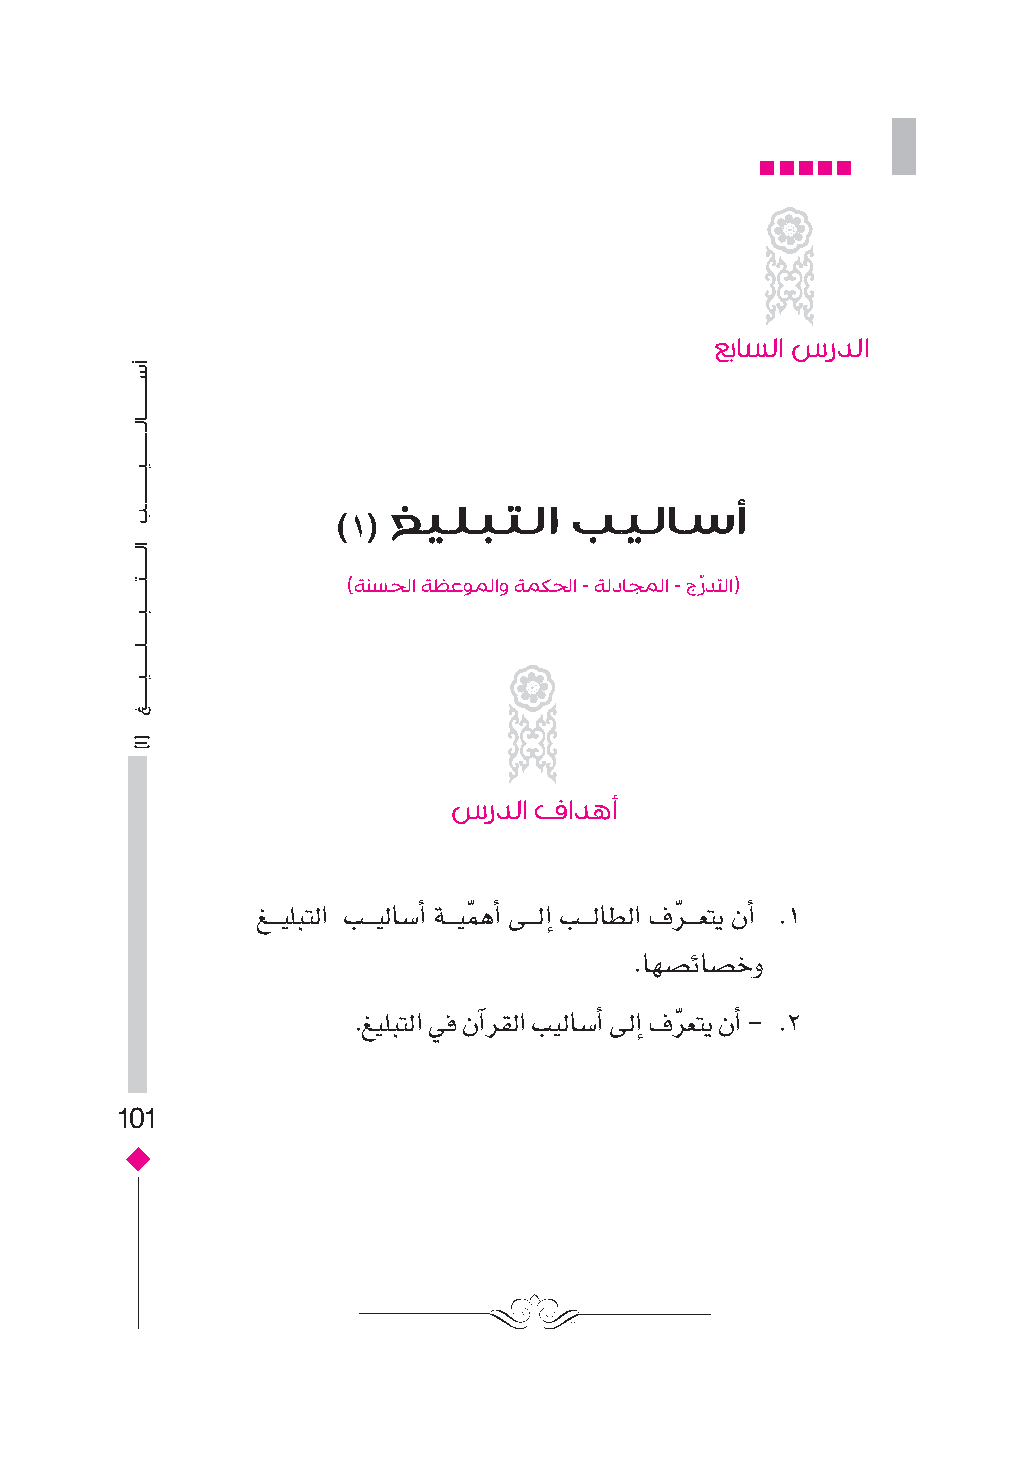
عباسلا سردلا
 غيلبتلا     بيلاسأ
 )1(
 )ةنسحلا ةظعوملاو ةمكحلا - ةلداجملا - جرّ دتلا(
 سردلا فادهأ
 غـــيلبتل� بـــيلاس�أ� ةـــيمّ هأ� ىـــلإ� بـــلاطل� فرّ ـــعتي نأ� .1
 .اهس�ئاس�خو
 .غيلبتل� يف نآ�رقل� بيلاس�أ� ىلإ� فرّ عتي نأ� - .2
 101
 ��������������������������������������������ب
 ����������������������������������������������������
 (أ)